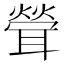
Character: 𦖽